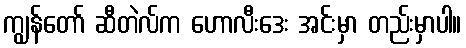
ကျွန်တော် ဆီတဲလ်က ဟောလီးဒေး အင်းမှာ တည်းမှာပါ။